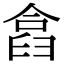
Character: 𠍗